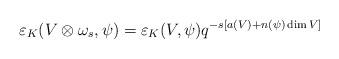
LaTeX: \begin{align*}\varepsilon_K(V \otimes \omega_s,\psi) = \varepsilon_K(V,\psi) q^{-s[a(V) + n(\psi) \dim V]}\end{align*}